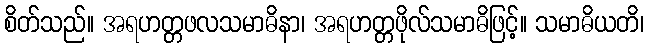
စိတ်သည်။ အရဟတ္တဖလသမာဓိနာ၊ အရဟတ္တဖိုလ်သမာဓိဖြင့်။ သမာဓိယတိ၊